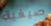
صيفية